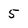
Character: 5